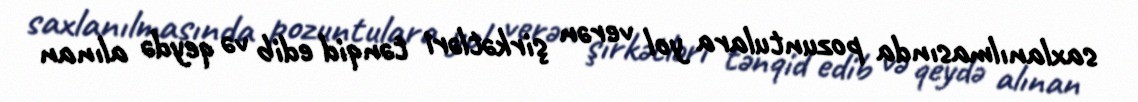
saxlanılmasında pozuntulara yol verən şirkətləri tənqid edib və qeydə alınan